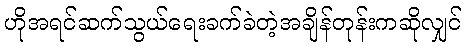
ဟိုအရင်ဆက်သွယ်ရေးခက်ခဲတဲ့အချိန်တုန်းကဆိုလျှင်